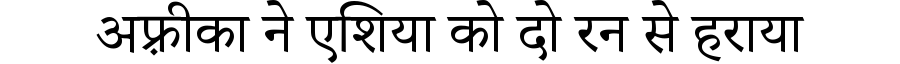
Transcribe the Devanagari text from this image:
अफ़्रीका ने एशिया को दो रन से हराया